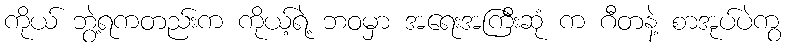
ကိုယ် ဘွဲ့ရကတည်းက ကိုယ့်ရဲ့ ဘဝမှာ အရေးအကြီးဆုံ က ဂီတနဲ့ စာအုပ်ပဲကွ